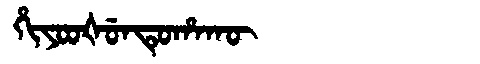
Manchu: ᡥᡳᠶᠣᠣᡧᡠᠨᡨᡠᡥᠠᡴᡡ
Romanization: HIYOOŠUNTUHAKŪ